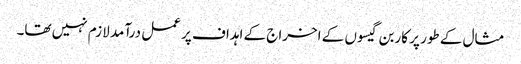
مثال کے طور پر کاربن گیسوں کے اخراج کے اہداف پر عمل درآمد لازم نہیں تھا۔